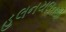
હલનચલનથી